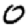
Digit: 0